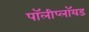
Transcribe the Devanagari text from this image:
पॉलीप्लॉयड